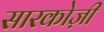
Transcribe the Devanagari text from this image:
सारकोज़ी